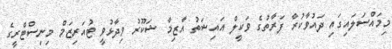
މިމައްސަލައިގައި ދައުވާކުރާ ފަރާތުގެ ވަކީލް އައިޝަތު އާޒިމާ ޝަކޫރު ވިދާޅުވީ ޓުއަރިޒަމް މިނިސްޓްރީގެ